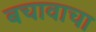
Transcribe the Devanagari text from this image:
बचावाचा